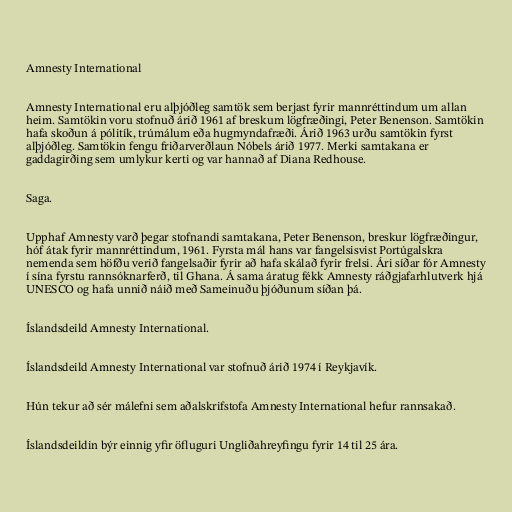
Amnesty International

Amnesty International eru alþjóðleg samtök sem berjast fyrir mannréttindum um allan
heim. Samtökin voru stofnuð árið 1961 af breskum lögfræðingi, Peter Benenson. Samtökin
hafa skoðun á pólitík, trúmálum eða hugmyndafræði. Árið 1963 urðu samtökin fyrst
alþjóðleg. Samtökin fengu friðarverðlaun Nóbels árið 1977. Merki samtakana er
gaddagirðing sem umlykur kerti og var hannað af Diana Redhouse.

Saga.

Upphaf Amnesty varð þegar stofnandi samtakana, Peter Benenson, breskur lögfræðingur,
hóf átak fyrir mannréttindum, 1961. Fyrsta mál hans var fangelsisvist Portúgalskra
nemenda sem höfðu verið fangelsaðir fyrir að hafa skálað fyrir frelsi. Ári síðar fór Amnesty
í sína fyrstu rannsóknarferð, til Ghana. Á sama áratug fékk Amnesty ráðgjafarhlutverk hjá
UNESCO og hafa unnið náið með Sameinuðu þjóðunum síðan þá.

Íslandsdeild Amnesty International.

Íslandsdeild Amnesty International var stofnuð árið 1974 í Reykjavík.

Hún tekur að sér málefni sem aðalskrifstofa Amnesty International hefur rannsakað.

Íslandsdeildin býr einnig yfir öfluguri Ungliðahreyfingu fyrir 14 til 25 ára.